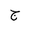
Letter: _gim